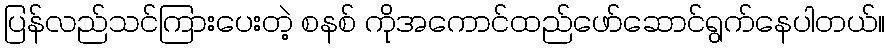
ပြန်လည်သင်ကြားပေးတဲ့ စနစ် ကိုအကောင်ထည်ဖော်ဆောင်ရွက်နေပါတယ်။